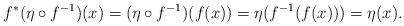
LaTeX: \begin{align*}f^*(\eta\circ f^{-1})(x)=(\eta\circ f^{-1})(f(x)) = \eta(f^{-1}(f(x))) = \eta(x).\end{align*}